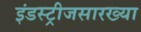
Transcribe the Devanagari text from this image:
इंडस्ट्रीजसारख्या